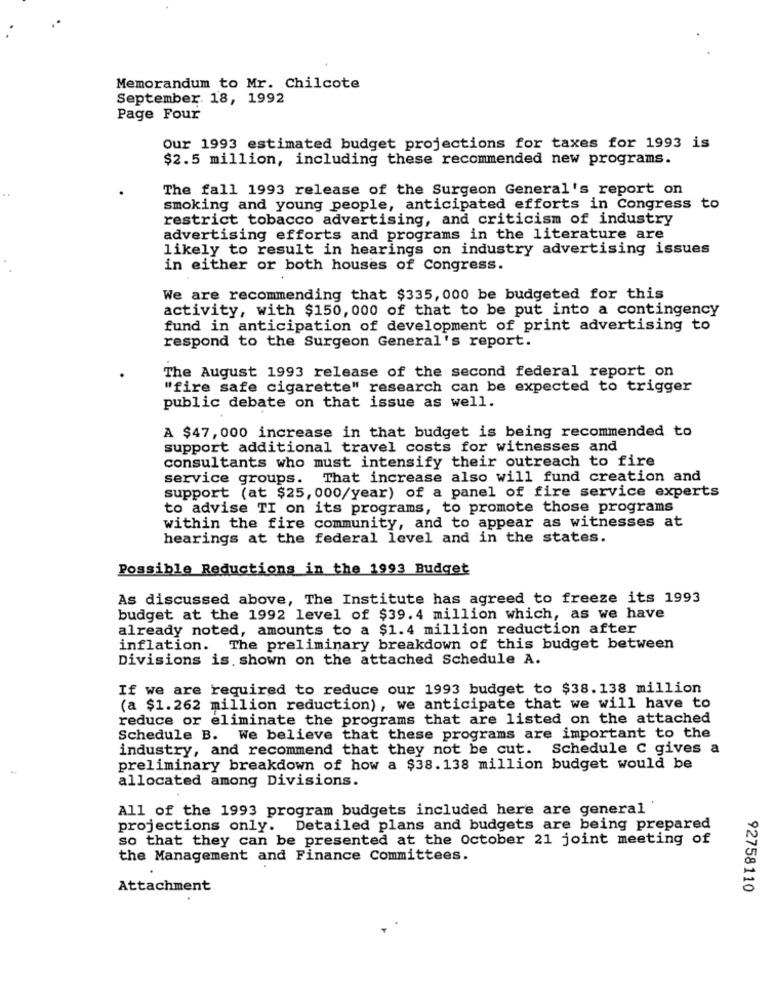
Memorandum to Mr. Chilcote
September. 18, 1992
Page Four
Our 1993 estimated budget projections for taxes for 1993 is
$2.5 million, including these recommended new programs.
The fall 1993 release of the Surgeon General's report on
smoking and young people, anticipated efforts in Congress to
restrict tobacco advertising, and criticism of industry
advertising efforts and programs in the literature are
likely to result in hearings on industry advertising issues
in either or both houses of Congress.
We are recommending that $335, 000 be budgeted for this
activity, with $150, 000 of that to be put into a contingency
fund in anticipation of development of print advertising to
respond to the Surgeon General's report.
The August 1993 release of the second federal report on
"fire safe cigarette" research can be expected to trigger
public debate on that issue as well.
A $47,000 increase in that budget is being recommended to
support additional travel costs for witnesses and
consultants who must intensify their outreach to fire
service groups. That increase also will fund creation and
support (at $25, 000/year) of a panel of fire service experts
to advise TI on its programs, to promote those programs
within the fire community, and to appear as witnesses at
hearings at the federal level and in the states.
Possible Reductions in the 1993 Budget
As discussed above, The Institute has agreed to freeze its 1993
budget at the 1992 level of $39. 4 million which, as we have
already noted, amounts to a $1.4 million reduction after
inflation. The preliminary breakdown of this budget between
Divisions is shown on the attached Schedule A.
If we are required to reduce our 1993 budget to $38.138 million
(a $1.262 million reduction), we anticipate that we will have to
reduce or eliminate the programs that are listed on the attached
Schedule B. We believe that these programs are important to the
industry, and recommend that they not be cut. Schedule C gives a
preliminary breakdown of how a $38.138 million budget would be
allocated among Divisions.
All of the 1993 program budgets included here are general'
projections only. Detailed plans and budgets are being prepared
so that they can be presented at the October 21 joint meeting of
the Management and Finance Committees.
Attachment
92758110